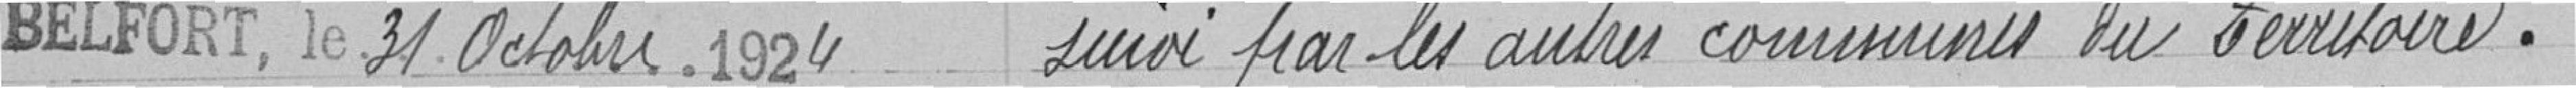
Belfort, le 31 octobre 1924 suivi par les autres communes du territoire